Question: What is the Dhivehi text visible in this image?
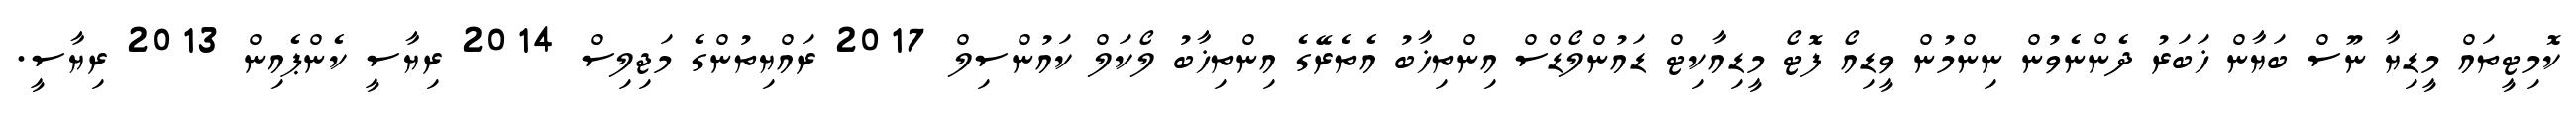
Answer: ކޮމިޓީތައް މީޑިޔާ ނޫސް ބަޔާން ޚަބަރު ދެންނެވުން ނިންމުން ވީޑިއޯ ފޮޓޯ މީޑިއާކިޓް ޑައުންލޯޑްސް އިންތިޚާބު އެތެރޭގެ އިންތިޚާބު ލޯކަލް ކައުންސިލް 2017 ރައްޔިތުންގެ މަޖިލިސް 2014 ރިޔާސީ ކެންޕެއިން 2013 ރިޔާސީ.